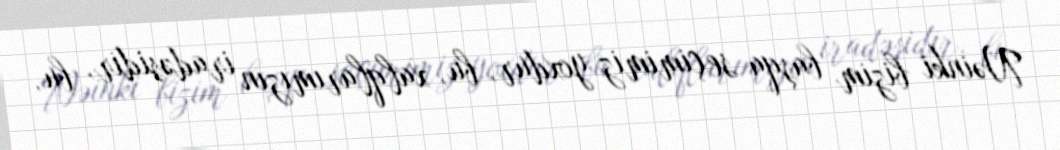
Nəinki bizim başqa seçimimiz yoxdur, bu, xalqlarımızın iradəsidir, bu,